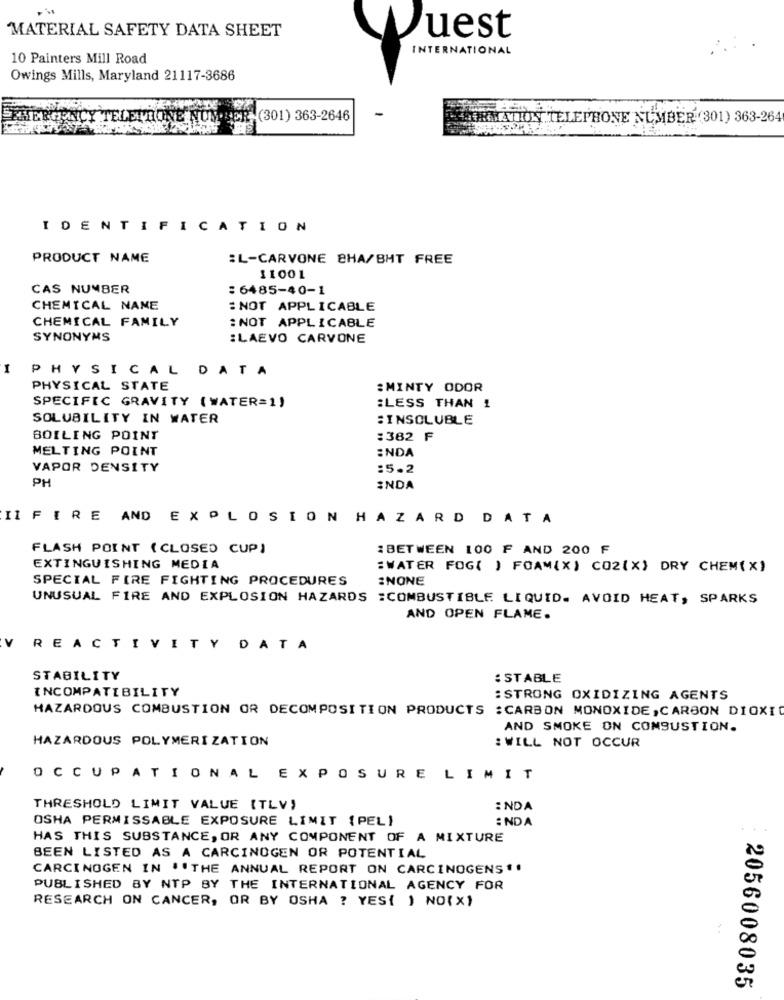
MATERIAL SAFETY DATA SHEET
Quest
INTERNATIONAL
10 Painters Mill Road
Owings Mills, Maryland 21117-3686
EMERGENCY TELETRONE NUMBER (301) 363-2646
FORMATION, TELEPHONE NUMBER (301) 363-264
IDENTIFICATION
PRODUCT NAME
:L-CARVONE 8HA/BHT FREE
11001
CAS NUMBER
:6485-40-1
CHEMICAL NAME
: NOT APPLICABLE
CHEMICAL FAMILY
: NOT APPLICABLE
SYNONYMS
:LAEVO CARVONE
1
PHYSICAL DATA
PHYSICAL STATE
: MINTY ODOR
SPECIFIC GRAVITY (WATER=1)
:LESS THAN 1
SOLUBILITY IN WATER
:INSOLUBLE
BOILING POINT
:382 F
MELTING POINT
ENDA
VAPOR DENSITY
:5.2
PH
INDA
II FIRE AND EXPLOSION HAZARD DATA
FLASH POINT ( CLOSED CUP)
: BETWEEN 100 F AND 200 F
EXTINGUISHING MEDIA
:WATER FOG( ) FOAM(X) CO2(X) DRY CHEM(X)
SPECIAL FIRE FIGHTING PROCEDURES
:NONE
UNUSUAL FIRE AND EXPLOSION HAZARDS :COMBUSTIBLE LIQUID. AVOID HEAT, SPARKS
AND OPEN FLAME.
V
REACTIVITY DATA
STABILITY
: STABLE
INCOMPATIBILITY
:STRONG OXIDIZING AGENTS
HAZARDOUS COMBUSTION OR DECOMPOSITION PRODUCTS : CARBON MONOXIDE, CARBON DIOXID
AND SMOKE ON COMBUSTION.
HAZARDOUS POLYMERIZATION
: WILL NOT OCCUR
OCCUPATIONAL EXPOSURE LIMIT
THRESHOLD LIMIT VALUE (TLV)
: NDA
OSHA PERMISSABLE EXPOSURE LIMIT {PEL)
:NDA
HAS THIS SUBSTANCE, OR ANY COMPONENT OF A MIXTURE
BEEN LISTED AS A CARCINOGEN OR POTENTIAL
CARCINOGEN IN " THE ANNUAL REPORT ON CARCINOGENS".
PUBLISHED BY NTP BY THE INTERNATIONAL AGENCY FOR
RESEARCH ON CANCER, OR BY OSHA ? YES{ ) NO(X)
2056008035